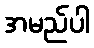
အမည်ပါ